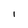
Character: i